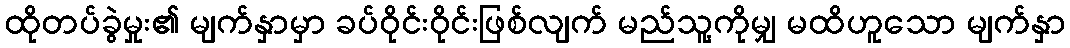
ထိုတပ်ခွဲမှုး၏ မျက်နှာမှာ ခပ်ဝိုင်းဝိုင်းဖြစ်လျက် မည်သူ့ကိုမျှ မထိဟူသော မျက်နှာ